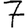
Digit: 7